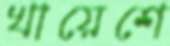
খায়েশে